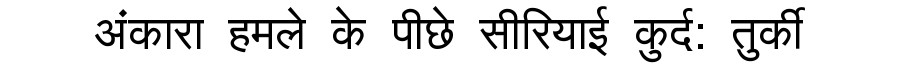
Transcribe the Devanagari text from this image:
अंकारा हमले के पीछे सीरियाई कुर्द: तुर्की